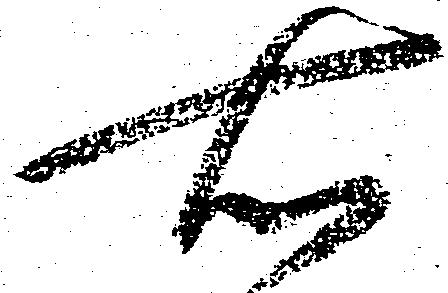
右